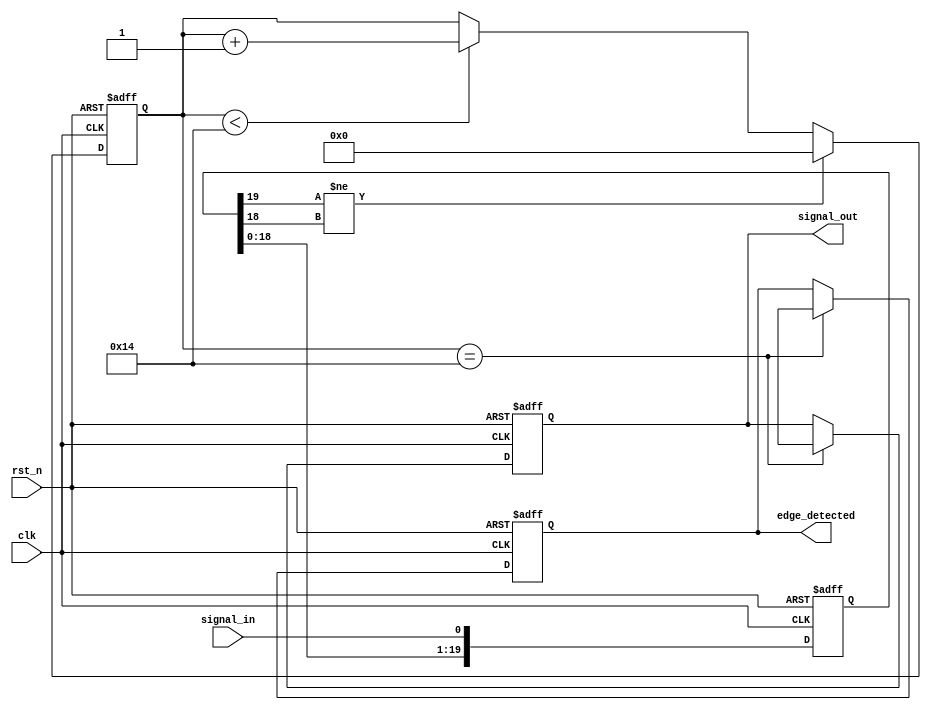
module debounced_edge_detector (
    input wire clk,             // Clock input
    input wire rst_n,           // Active-low reset
    input wire signal_in,       // Input signal to debounce
    output reg edge_detected,   // Output signal indicating a detected edge
    output reg signal_out       // Debounced output signal
);

    parameter DEBOUNCE_PERIOD = 20; // Number of clock cycles for debounce
    reg [DEBOUNCE_PERIOD-1:0] state_reg, state_next; // State register for debounce
    reg [4:0] count; // Counter to track stable state duration

    // Edge detection logic
    always @(posedge clk or negedge rst_n) begin
        if (!rst_n) begin
            state_reg <= 0;
            signal_out <= 0;
            edge_detected <= 0;
            count <= 0;
        end else begin
            state_reg <= {state_reg[DEBOUNCE_PERIOD-2:0], signal_in}; // Shift in the new signal
            if (state_reg[DEBOUNCE_PERIOD-1] != state_reg[DEBOUNCE_PERIOD-2]) begin
                count <= 0; // Reset count on edge
            end else if (count < DEBOUNCE_PERIOD) begin
                count <= count + 1; // Increment count if still stable
            end

            // If stable for DEBOUNCE_PERIOD, update output and detect edge
            if (count == DEBOUNCE_PERIOD) begin
                signal_out <= signal_reg[DEBOUNCE_PERIOD-1]; // Update debounced output
                edge_detected <= signal_out != signal_reg[DEBOUNCE_PERIOD-2]; // Detect edge
            end
        end
    end

endmodule